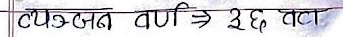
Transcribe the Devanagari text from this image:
व्यंजन वर्ण => ३६ वटा